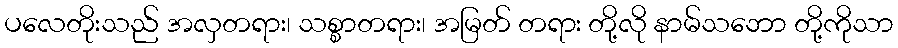
ပလေတိုးသည် အလှတရား၊ သစ္စာတရား၊ အမြတ် တရား တို့လို နာမ်သဘော တို့ကိုသာ